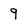
Character: 9